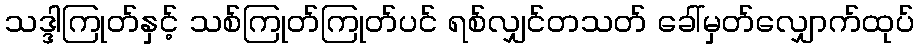
သဒ္ဒါကြုတ်နှင့် သစ်ကြုတ်ကြုတ်ပင် ရစ်လျှင်တသတ် ခေါ်မှတ်လျှောက်ထုပ်